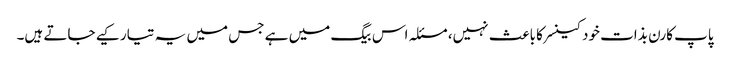
پاپ کارن بذات خود کینسر کا باعث نہیں، مسئلہ اس بیگ میں ہے جس میں یہ تیار کیے جاتے ہیں۔